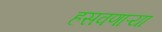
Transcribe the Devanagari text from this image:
हसवणाऱ्या